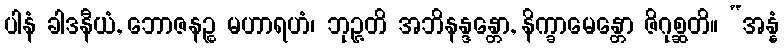
ပါနံ ခါဒနီယံ, ဘောဇနဉ္စ မဟာရဟံ၊ ဘုဉ္ဇတိ အဘိနန္ဒန္တော, နိက္ခာမေန္တော ဇိဂုစ္ဆတိ။ “အန္နံ